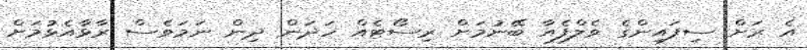
އެ ރަށް ސިފައިންގެ ވެލްފެއާ ބޭނުމަށް ރިސޯޓެއް ހަދަން ދިން ނަމަވެސް ރާޅާއެޅުމަށް